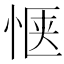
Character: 惬